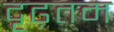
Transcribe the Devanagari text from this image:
दृढ़तम